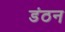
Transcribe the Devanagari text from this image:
डंठन